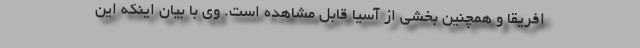
افریقا و همچنین بخشی از آسیا قابل مشاهده است. وی با بیان اینکه این